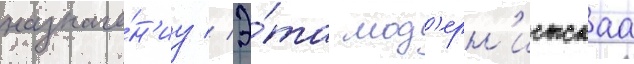
назначе́н'иу // Э́та мод'ерн'истскаа